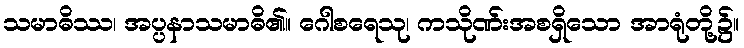
သမာဓိဿ၊ အပ္ပနာသမာဓိ၏။ ဂေါစရေသု၊ ကသိုဏ်းအစရှိသော အာရုံတို့၌။